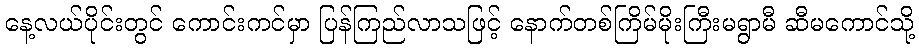
နေ့လယ်ပိုင်းတွင် ကောင်းကင်မှာ ပြန်ကြည်လာသဖြင့် နောက်တစ်ကြိမ်မိုးကြီးမရွာမီ ဆီမကောင်သို့